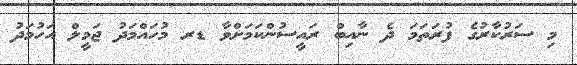
މި ސަރުކާރުގެ ފުރަތަމަ ދެ ނާއިބް ރައީސުންކަމަށްވާ ޑރ މުހައްމަދު ޖަމީލް އަހުމަދު